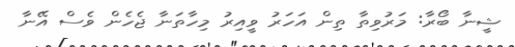
ޝީނާ ބޯރާ: މަރުވިތާ ތިން އަހަރު ވީއިރު މިހާތަނާ ޖެހެން ވެސް އޭނާ